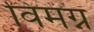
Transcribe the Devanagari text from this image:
विमग्न